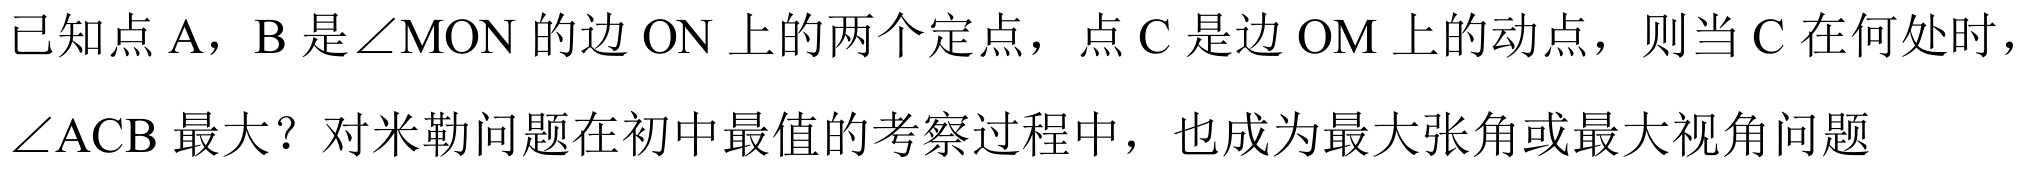
已知点$\mathrm{A}$，$\mathrm{B}$是$\angle \mathrm{M}\mathrm{O}\mathrm{N}$的边$\mathrm{O}\mathrm{N}$上的两个定点，点$\mathrm{C}$是边$\mathrm{O}\mathrm{M}$上的动点，则当$\mathrm{C}$在何处时，$\angle \mathrm{A}\mathrm{C}\mathrm{B}$最大？对米勒问题在初中最值的考察过程中，也成为最大张角或最大视角问题